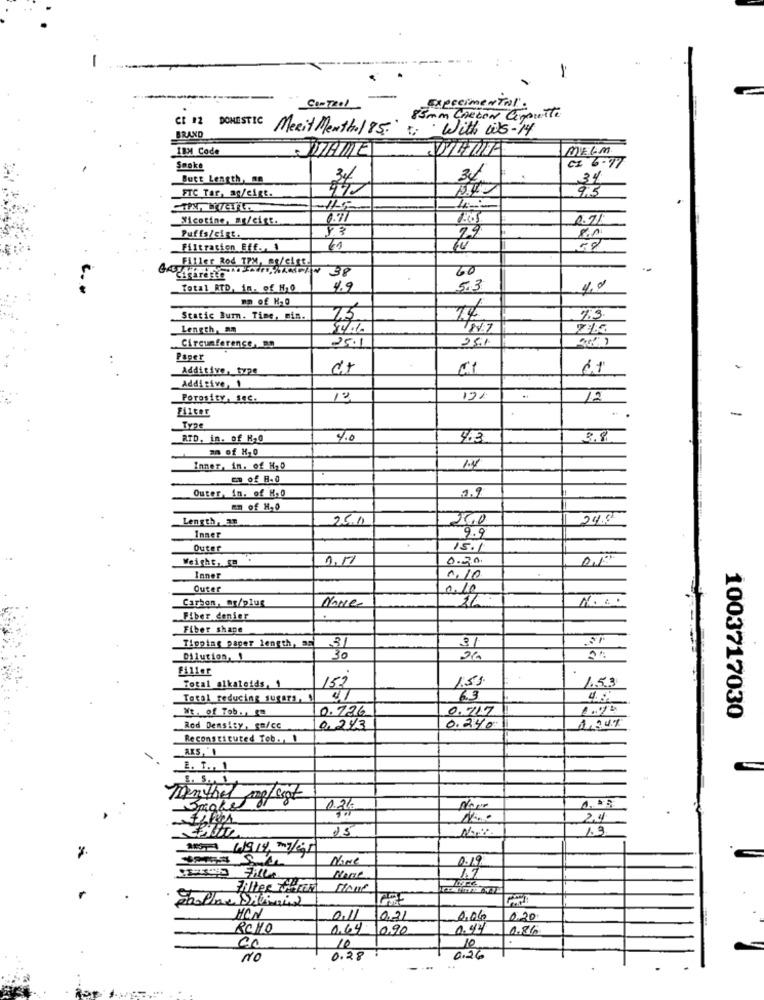
=
-----
Control
Experimental:
85mm Checon Consulte
CI 12 DOMESTIC Merit Menthol 85. 5, with wis-14
BRAND
1131 Code
MEGM
CI 6-97
Smoke
Butt Length, an
31
34
FTC Tar, se/cigt.
9.3
Nicotine, mg/cist.
1.7
25
Puffs/sigt.
8.1
Filtration Bff ., 1
Filler Rod TPM, as/ciss
IN 38
20
Total RTD, in. of H10
4.9
5.3
4.0
nn of K,0
Static Burn. Time, mis.
25.
7.3
Length, am
25.1
25.1
Circumference, mn
Paper
Additive, type
1.1
Additive, 1
Porosity, sse.
13
12/
12
Type
RTD, in. of K,0
4.0
4.3
3.8
an of H,0
Inner, in. of H20
1.7
of B. O
Outer, in. of K,0
1.9
En of H.0
Length, an
25.0
24.8
25,0
Inner
9.9
Outer
15.1
Weight, m .
0.20
0,1º
Inner
1.10
Outer
0.10
Carbon, mr/plug
26
Fiber denier
Fiber shape
Tipping paper length, as
31
31
Dilution, 1
30
26
1.53
Total alkaloids, 1
153
1.59
Total reducing sug875, 1
4. :
Wt. of Tob ., ta
0.736
0.717
1003717030
Rod Density, ca/cc
0,243
0.24
Reconstituted Tob. 1
AK5, 1
B. T ., 1
1. 5. 1
mmenther melsigt
0.2%
24
25
1.3
NAde
0.19
Fille
Filter Gener
HON
0.11
0.21
0,06
0.20
ROMO
0.64
10,90
0.44
10
10
NO
0.28
0.26